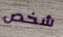
شخص